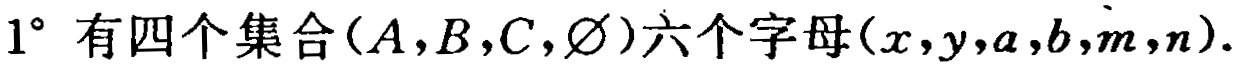
$1^{\circ}$ 有四个集合（$A,B,C,\varnothing$）六个字母（$x,y,a,b,m,n$）.